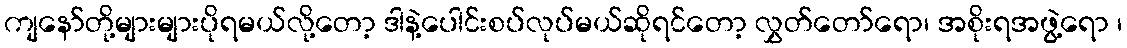
ကျနော်တို့များများပိုရမယ်လို့တော့ ဒါနဲ့ပေါင်းစပ်လုပ်မယ်ဆိုရင်တော့ လွှတ်တော်ရော၊ အစိုးရအဖွဲ့ရော ၊